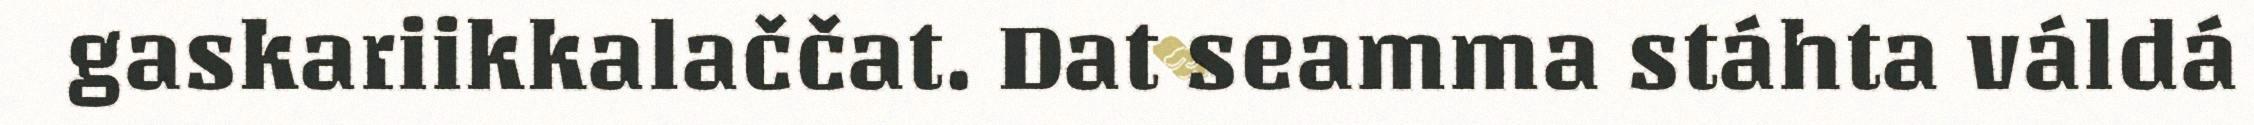
gaskariikkalaččat. Dat seamma stáhta váldá